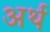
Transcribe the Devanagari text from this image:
अर्थ